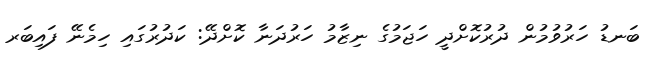
ބަނޑު ހަރުވުމުން ދުރުކޮށްދީ ހަޖަމުގެ ނިޒާމު ހަރުދަނާ ކޮށްދޭ: ކަދުރުގައި ހިމެނޭ ފައިބަރ